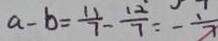
a - b = \frac { 1 1 } { 7 } - \frac { 1 2 } { 7 } = - \frac { 1 } { 7 }